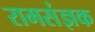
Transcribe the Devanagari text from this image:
रामसंज्ञक